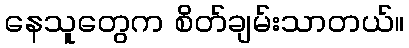
နေသူတွေက စိတ်ချမ်းသာတယ်။